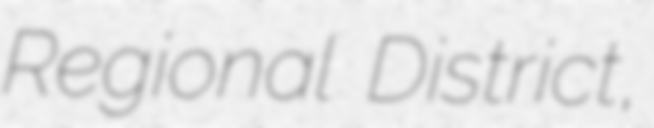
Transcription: Regional District,